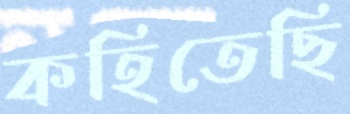
কহিতেছি